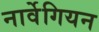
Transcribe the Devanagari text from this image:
नार्वेगियन